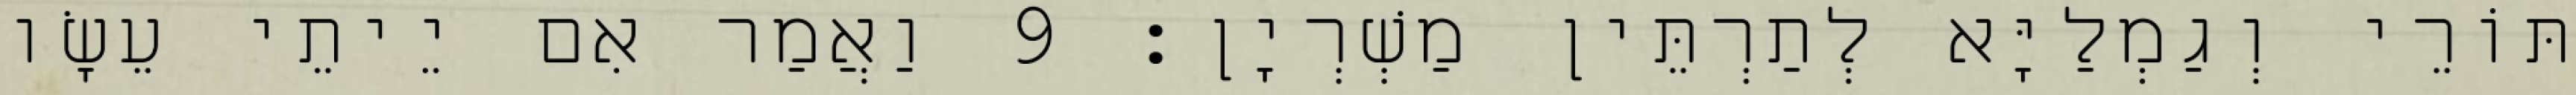
תּוֹרֵי וְגַמְלַיָּא לְתַרְתֵּין מַשְׁרְיָן׃ 9 וַאֲמַר אִם יֵיתֵי עֵשָׂו